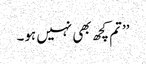
’’تم کچھ بھی نہیں ہو۔